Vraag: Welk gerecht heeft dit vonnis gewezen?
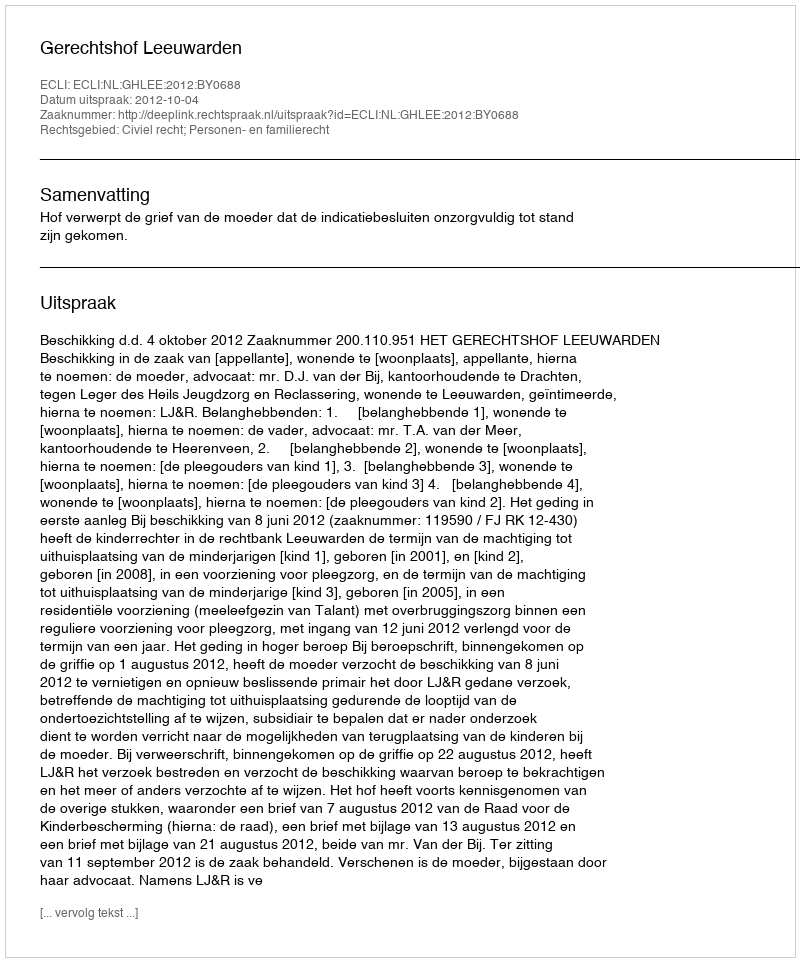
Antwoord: Gerechtshof Leeuwarden